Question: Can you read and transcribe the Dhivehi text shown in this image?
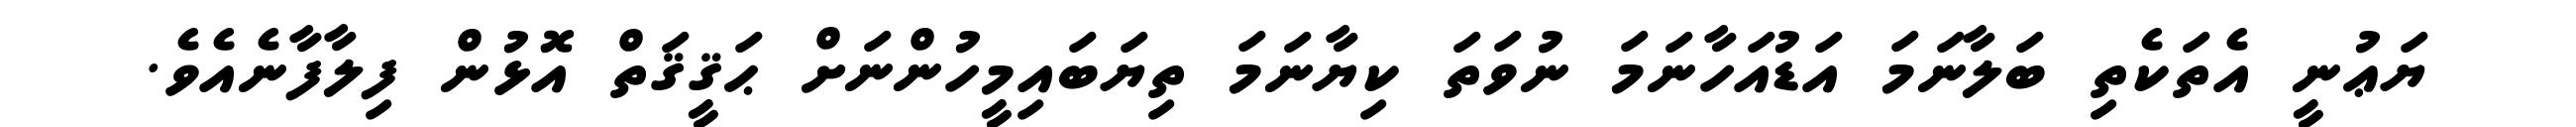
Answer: ޔަޢުނީ އެތަކެތި ބަލާނަމަ އަޑުއަހާނަމަ ނުވަތަ ކިޔާނަމަ ތިޔަބައިމީހުންނަށް ޙަޤީޤަތް އޮޅުން ފިލާފާނެއެވެ.